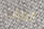
القارات